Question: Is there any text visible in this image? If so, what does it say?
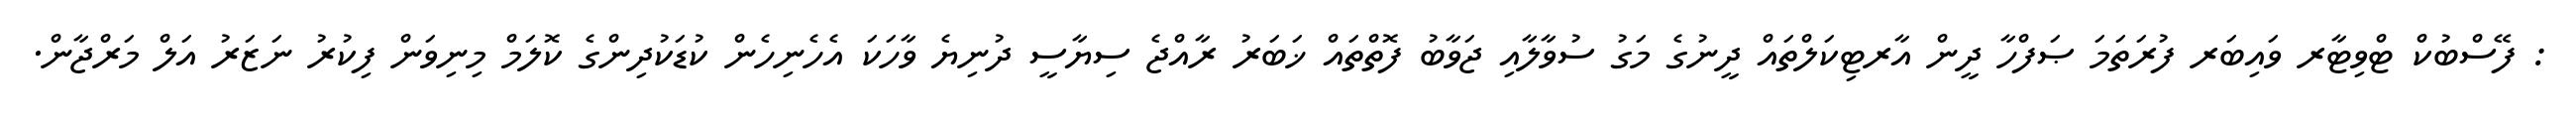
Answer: : ފޭސްބުކް ޓްވިޓާރ ވައިބަރ ފުރަތަމަ ޞަފްހާ ދީން އާރޓިކަލްތައް ދީނުގެ މަގު ސުވާލާއި ޖަވާބު ފޮތްތައް ޚަބަރު ރާއްޖެ ސިޔާސީ ދުނިޔެ ވާހަކަ އެހެނިހެން ކުޑަކުދިންގެ ކޮލަމް މިނިވަން ފިކުރު ނަޒަރު އަލް މަރްޖާން.